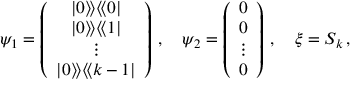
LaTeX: \psi _ { 1 } = \left( \begin{array} { c } { { | 0 \rangle \! \rangle \langle \! \langle 0 | } } \\ { { | 0 \rangle \! \rangle \langle \! \langle 1 | } } \\ { { \vdots } } \\ { { | 0 \rangle \! \rangle \langle \! \langle k - 1 | } } \end{array} \right) \, , \quad \psi _ { 2 } = \left( \begin{array} { c } { { 0 } } \\ { { 0 } } \\ { { \vdots } } \\ { { 0 } } \end{array} \right) \, , \quad \xi = S _ { k } \, ,